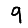
Digit: 9